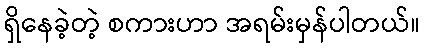
ရှိနေခဲ့တဲ့ စကားဟာ အရမ်းမှန်ပါတယ်။